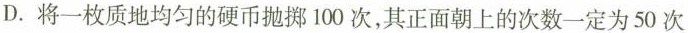
D.将一枚质地均匀的硬币抛掷100次，其正面朝上的次数一定为50次